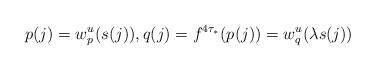
LaTeX: \begin{align*}p(j)=w^u_{p}(s(j)), q(j)=f^{4\tau_*}(p(j))=w^u_q(\lambda s(j))\end{align*}